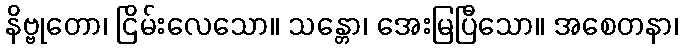
နိဗ္ဗုတော၊ ငြိမ်းလေသော။ သန္တော၊ အေးမြပြီသော။ အစေတနာ၊